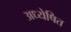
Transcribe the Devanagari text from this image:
अध्येषित